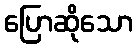
ပြောဆိုသော